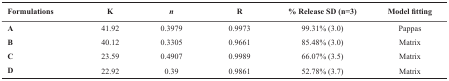
<table><thead><tr><td><b>Formulations </b></td><td><b>K </b></td><td><b><i>n </i></b></td><td><b>R </b></td><td><b>% Release SD (n=3) </b></td><td><b>Model fitting </b></td></tr></thead><tbody><tr><td><b>A </b></td><td>41.92 </td><td>0.3979 </td><td>0.9973 </td><td>99.31% (3.0) </td><td>Pappas </td></tr><tr><td><b>B </b></td><td>40.12 </td><td>0.3305 </td><td>0.9661 </td><td>85.48% (3.0) </td><td>Matrix </td></tr><tr><td><b>C </b></td><td>23.59 </td><td>0.4907 </td><td>0.9989 </td><td>66.07% (3.5) </td><td>Matrix </td></tr><tr><td><b>D </b></td><td>22.92 </td><td>0.39 </td><td>0.9861 </td><td>52.78% (3.7) </td><td>Matrix </td></tr></tbody></table>